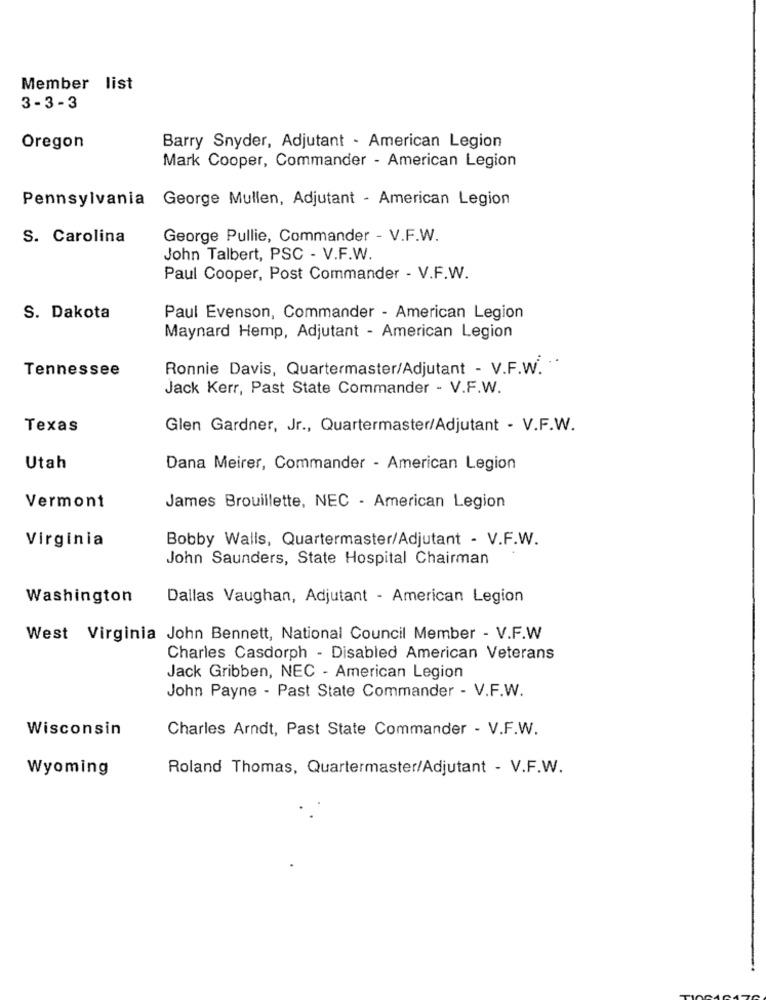
Member list
3- 3-3
Oregon
Barry Snyder, Adjutant - American Legion
Mark Cooper, Commander - American Legion
Pennsylvania George Mullen, Adjutant - American Legion
S. Carolina
George Pullie, Commander - V.F.W.
John Talbert, PSC - V.F.W.
Paul Cooper, Post Commander - V.F.W.
S. Dakota
Paul Evenson, Commander - American Legion
Maynard Hemp, Adjutant - American Legion
Tennessee
Ronnie Davis, Quartermaster/Adjutant - V.F.W.
Jack Kerr, Past State Commander - V.F.W.
Texas
Glen Gardner, Jr ., Quartermaster/Adjutant - V.F.W.
Utah
Dana Meirer, Commander - American Legion
Vermont
James Brouillette, NEC - American Legion
Virginia
Bobby Walls, Quartermaster/Adjutant - V.F.W.
John Saunders, State Hospital Chairman
Washington
Dallas Vaughan, Adjutant - American Legion
West Virginia John Bennett, National Council Member - V.F.W
Charles Casdorph - Disabled American Veterans
Jack Gribben, NEC - American Legion
John Payne - Past State Commander - V.F.W.
Wisconsin
Charles Arndt, Past State Commander - V.F.W.
Wyoming
Roland Thomas, Quartermaster/Adjutant - V.F.W.